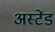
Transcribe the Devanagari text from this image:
अस्टेंड